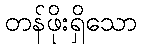
တန်ဖိုးရှိသော